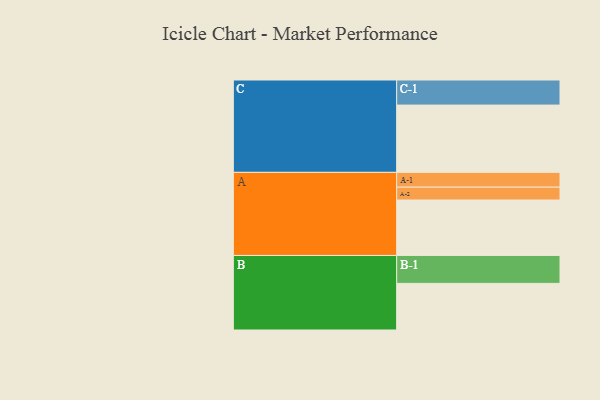
{"axis": {"x": "Segment", "y": "Value"}, "legend": ["", "A", "B", "C"], "data": [{"x": "A", "y": 389, "type": ""}, {"x": "B", "y": 327, "type": ""}, {"x": "C", "y": 472, "type": ""}, {"x": "A-1", "y": 104, "type": "A"}, {"x": "A-2", "y": 90, "type": "A"}, {"x": "B-1", "y": 196, "type": "B"}, {"x": "C-1", "y": 176, "type": "C"}]}